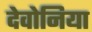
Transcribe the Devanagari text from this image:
देवोनिया